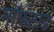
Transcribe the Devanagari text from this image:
मॉफ़ेटाड